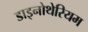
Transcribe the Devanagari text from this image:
डाइनोथेरियम